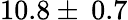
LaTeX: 10.8\pm\: 0.7